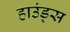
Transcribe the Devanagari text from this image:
हाउंड्स